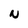
Character: N